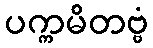
ပက္ကမိတဗ္ဗံ